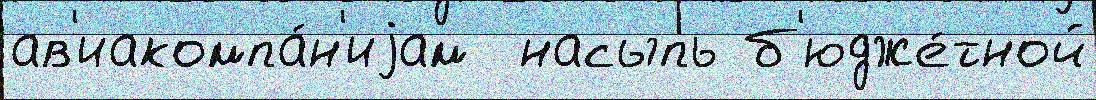
ав'иакомпа́н'иjам  насыпь б'юдже́тной